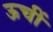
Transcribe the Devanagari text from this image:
ऊचीं